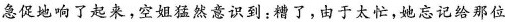
急促地响了起，空姐猛然意识到：糟了，由于太忙，她忘记给那位